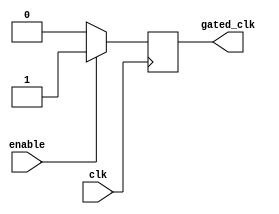
module conditional_clock_gating (
    input wire clk,           // Primary clock signal
    input wire enable,        // Enable signal for clock gating
    output reg gated_clk      // Gated clock signal
);

// Gating logic
always @(posedge clk) begin
    if (enable) begin
        gated_clk <= 1'b1;    // Allow clock to pass through
    end else begin
        gated_clk <= 1'b0;    // Hold clock low when disabled
    end
end

endmodule